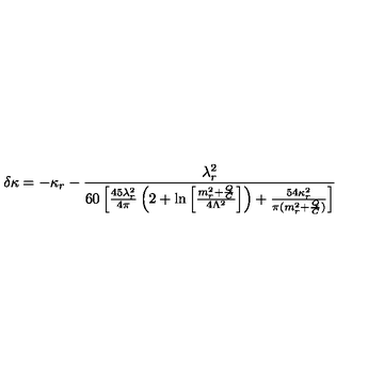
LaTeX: \delta \kappa = - \kappa _ { r } - \frac { \lambda _ { r } ^ { 2 } } { 6 0 \left[ \frac { 4 5 \lambda _ { r } ^ { 2 } } { 4 \pi } \left( 2 + \ln \left[ \frac { m _ { r } ^ { 2 } + \frac Q C } { 4 \Lambda ^ { 2 } } \right] \right) + \frac { 5 4 \kappa _ { r } ^ { 2 } } { \pi ( m _ { r } ^ { 2 } + \frac Q C ) } \right] }